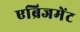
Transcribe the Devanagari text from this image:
एब्रिजमेंट